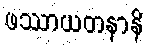
ဖဿာယတနာနိ